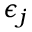
\epsilon _ { j }